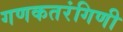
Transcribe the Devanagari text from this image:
गणकतरंगिणी